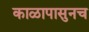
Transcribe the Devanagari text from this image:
काळापासुनच